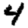
Digit: 4